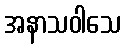
အနာသဝါသေ